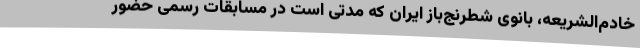
خادم‌الشریعه، بانوی شطرنج‌باز ایران که مدتی است در مسابقات رسمی حضور